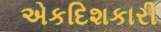
એકદિશકારી